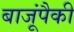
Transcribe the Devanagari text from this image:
बाजूंपैकी